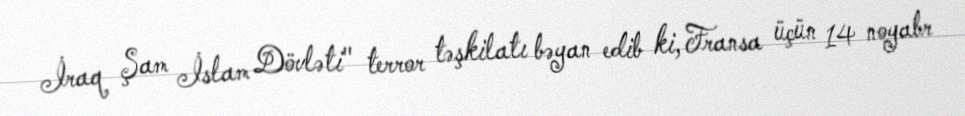
İraq Şam İslam Dövləti" terror təşkilatı bəyan edib ki, Fransa üçün 14 noyabr